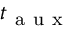
t _ { \mathrm { ~ a ~ u ~ x ~ } }